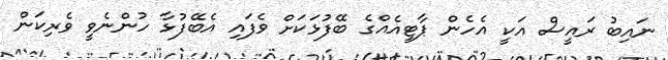
ނައިބު ރައީސް އަކީ އެހެން ޕާޓީއެއްގެ ބޭފުޅަކަށް ވެފައި އެބޭފުޅާ ހުންނެވީ ވެރިކަން